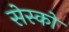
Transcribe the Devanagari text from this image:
सेस्को